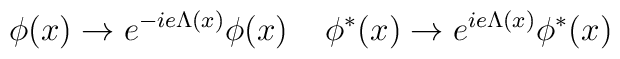
\phi (x) \rightarrow e^{-ie \Lambda (x)} \phi (x)\; \; \; \;\phi ^{\ast} (x) \rightarrow e^{ie \Lambda (x)} \phi ^{\ast} (x)